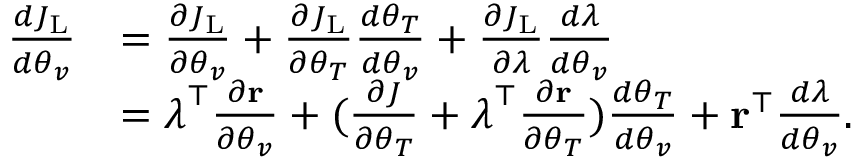
\begin{array} { r l } { \frac { d J _ { \mathrm { L } } } { d \boldsymbol { \theta } _ { v } } } & { = \frac { \partial J _ { \mathrm { L } } } { \partial \boldsymbol { \theta } _ { v } } + \frac { \partial J _ { \mathrm { L } } } { \partial \boldsymbol { \theta } _ { T } } \frac { d \boldsymbol { \theta } _ { T } } { d \boldsymbol { \theta } _ { v } } + \frac { \partial J _ { \mathrm { L } } } { \partial \boldsymbol { \lambda } } \frac { d \boldsymbol { \lambda } } { d \boldsymbol { \theta } _ { v } } } \\ & { = \boldsymbol { \lambda } ^ { \top } \frac { \partial { \bf r } } { \partial \boldsymbol { \theta } _ { v } } + ( \frac { \partial J } { \partial \boldsymbol { \theta } _ { T } } + \boldsymbol { \lambda } ^ { \top } \frac { \partial { \bf r } } { \partial \boldsymbol { \theta } _ { T } } ) \frac { d \boldsymbol { \theta } _ { T } } { d \boldsymbol { \theta } _ { v } } + { \bf r } ^ { \top } \frac { d \boldsymbol { \lambda } } { d \boldsymbol { \theta } _ { v } } . } \end{array}